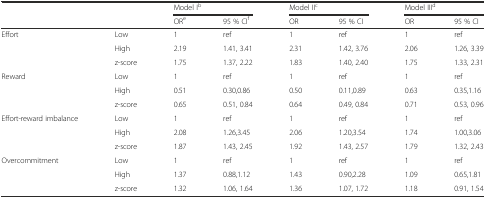
<table><thead><tr><td></td><td></td><td colspan="2"><b>Model I<sup>b</sup></b></td><td colspan="2"><b>Model II<sup>c</sup></b></td><td colspan="2"><b>Model III<sup>d</sup></b></td></tr><tr><td></td><td></td><td><b>OR<sup>e</sup></b></td><td><b>95 % CI<sup>f</sup></b></td><td><b>OR</b></td><td><b>95 % CI</b></td><td><b>OR</b></td><td><b>95 % CI</b></td></tr></thead><tbody><tr><td>Effort</td><td>Low</td><td>1</td><td>ref</td><td>1</td><td>ref</td><td>1</td><td>ref</td></tr><tr><td></td><td>High</td><td>2.19</td><td>1.41, 3.41</td><td>2.31</td><td>1.42, 3.76</td><td>2.06</td><td>1.26, 3.39</td></tr><tr><td></td><td>z-score</td><td>1.75</td><td>1.37, 2.22</td><td>1.83</td><td>1.40, 2.40</td><td>1.75</td><td>1.33, 2.31</td></tr><tr><td>Reward</td><td>Low</td><td>1</td><td>ref</td><td>1</td><td>ref</td><td>1</td><td>ref</td></tr><tr><td></td><td>High</td><td>0.51</td><td>0.30,0.86</td><td>0.50</td><td>0.11,0.89</td><td>0.63</td><td>0.35,1.16</td></tr><tr><td></td><td>z-score</td><td>0.65</td><td>0.51, 0.84</td><td>0.64</td><td>0.49, 0.84</td><td>0.71</td><td>0.53, 0.96</td></tr><tr><td rowspan="2">Effort-reward imbalance</td><td>Low</td><td>1</td><td>ref</td><td>1</td><td>ref</td><td>1</td><td>ref</td></tr><tr><td>High</td><td>2.08</td><td>1.26,3.45</td><td>2.06</td><td>1.20,3.54</td><td>1.74</td><td>1.00,3.06</td></tr><tr><td></td><td>z-score</td><td>1.87</td><td>1.43, 2.45</td><td>1.92</td><td>1.43, 2.57</td><td>1.79</td><td>1.32, 2.43</td></tr><tr><td rowspan="2">Overcommitment</td><td>Low</td><td>1</td><td>ref</td><td>1</td><td>ref</td><td>1</td><td>ref</td></tr><tr><td>High</td><td>1.37</td><td>0.88,1.12</td><td>1.43</td><td>0.90,2.28</td><td>1.09</td><td>0.65,1.81</td></tr><tr><td></td><td>z-score</td><td>1.32</td><td>1.06, 1.64</td><td>1.36</td><td>1.07, 1.72</td><td>1.18</td><td>0.91, 1.54</td></tr></tbody></table>